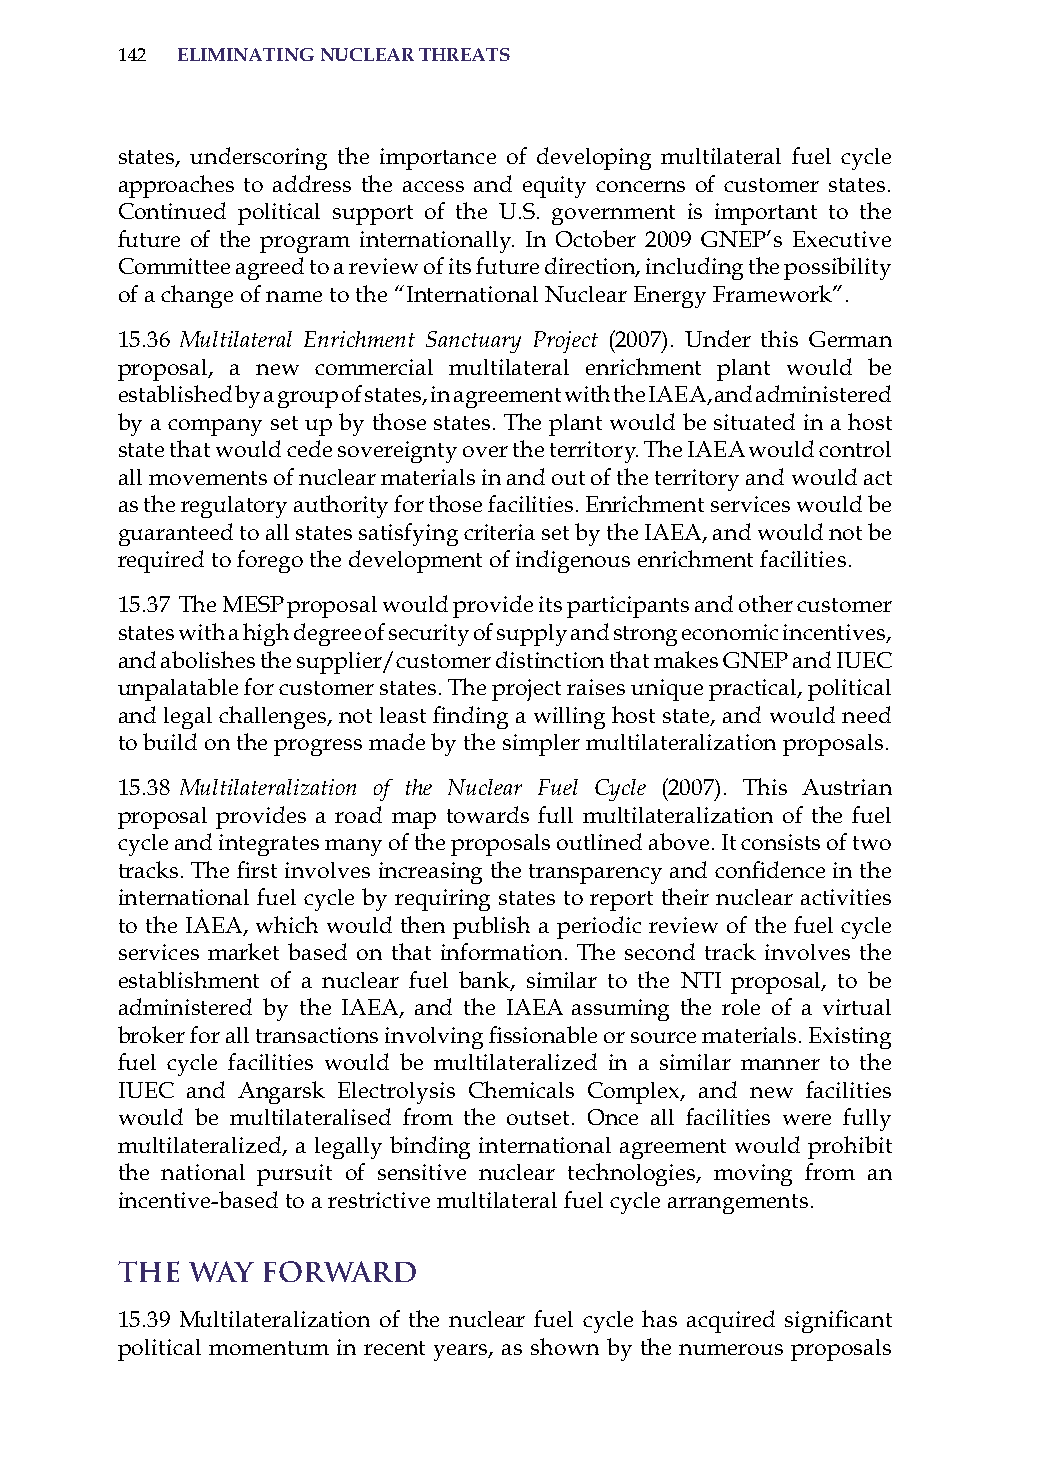
142 eliminatinG nuclear threats
 states, underscoring the importance of developing multilateral fuel cycle
 approaches to address the access and equity concerns of customer states.
 Continued political support of the U.s. government is important to the
 future of the program internationally. in october 2009 GNEP’s Executive
 Committee agreed to a review of its future direction, including the possibility
 of a change of name to the “international Nuclear Energy Framework”.
 15.36 Multilateral Enrichment Sanctuary Project (2007). Under this German
 proposal, a new commercial multilateral enrichment plant would be
 established by a group of states, in agreement with the iaEa, and administered
 by a company set up by those states. The plant would be situated in a host
 state that would cede sovereignty over the territory. The iaEa would control
 all movements of nuclear materials in and out of the territory and would act
 as the regulatory authority for those facilities. Enrichment services would be
 guaranteed to all states satisfying criteria set by the iaEa, and would not be
 required to forego the development of indigenous enrichment facilities.
 15.37 The MEsP proposal would provide its participants and other customer
 states with a high degree of security of supply and strong economic incentives,
 and abolishes the supplier/customer distinction that makes GNEP and iUEC
 unpalatable for customer states. The project raises unique practical, political
 and legal challenges, not least finding a willing host state, and would need
 to build on the progress made by the simpler multilateralization proposals.
 15.38 Multilateralization of the Nuclear Fuel Cycle (2007). This austrian
 proposal provides a road map towards full multilateralization of the fuel
 cycle and integrates many of the proposals outlined above. it consists of two
 tracks. The first involves increasing the transparency and confidence in the
 international fuel cycle by requiring states to report their nuclear activities
 to the iaEa, which would then publish a periodic review of the fuel cycle
 services market based on that information. The second track involves the
 establishment of a nuclear fuel bank, similar to the NTi proposal, to be
 administered by the iaEa, and the iaEa assuming the role of a virtual
 broker for all transactions involving fissionable or source materials. Existing
 fuel cycle facilities would be multilateralized in a similar manner to the
 iUEC and angarsk Electrolysis Chemicals Complex, and new facilities
 would be multilateralised from the outset. once all facilities were fully
 multilateralized, a legally binding international agreement would prohibit
 the national pursuit of sensitive nuclear technologies, moving from an
 incentive-based to a restrictive multilateral fuel cycle arrangements.
 The  Way Forward
 15.39 Multilateralization of the nuclear fuel cycle has acquired significant
 political momentum in recent years, as shown by the numerous proposals